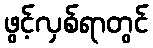
ဖွင့်လှစ်ရာတွင်